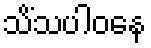
သိံသပါဝနေ